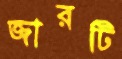
জারটি